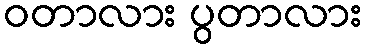
ဝတာလား ပွတာလား